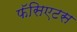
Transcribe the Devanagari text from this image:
फॅसिएटस